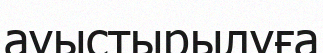
ауыстырылуға